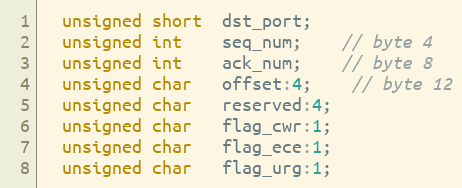
Language: C
  unsigned short  dst_port;
  unsigned int    seq_num;    // byte 4
  unsigned int    ack_num;    // byte 8
  unsigned char   offset:4;    // byte 12
  unsigned char   reserved:4;
  unsigned char   flag_cwr:1;
  unsigned char   flag_ece:1;
  unsigned char   flag_urg:1;